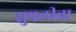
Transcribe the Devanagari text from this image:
सुपलीचा